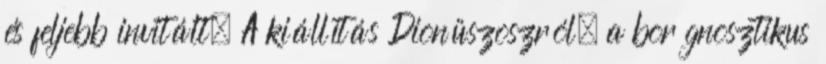
és feljebb invitált. A kiállítás Dionüszoszról, a bor gnosztikus